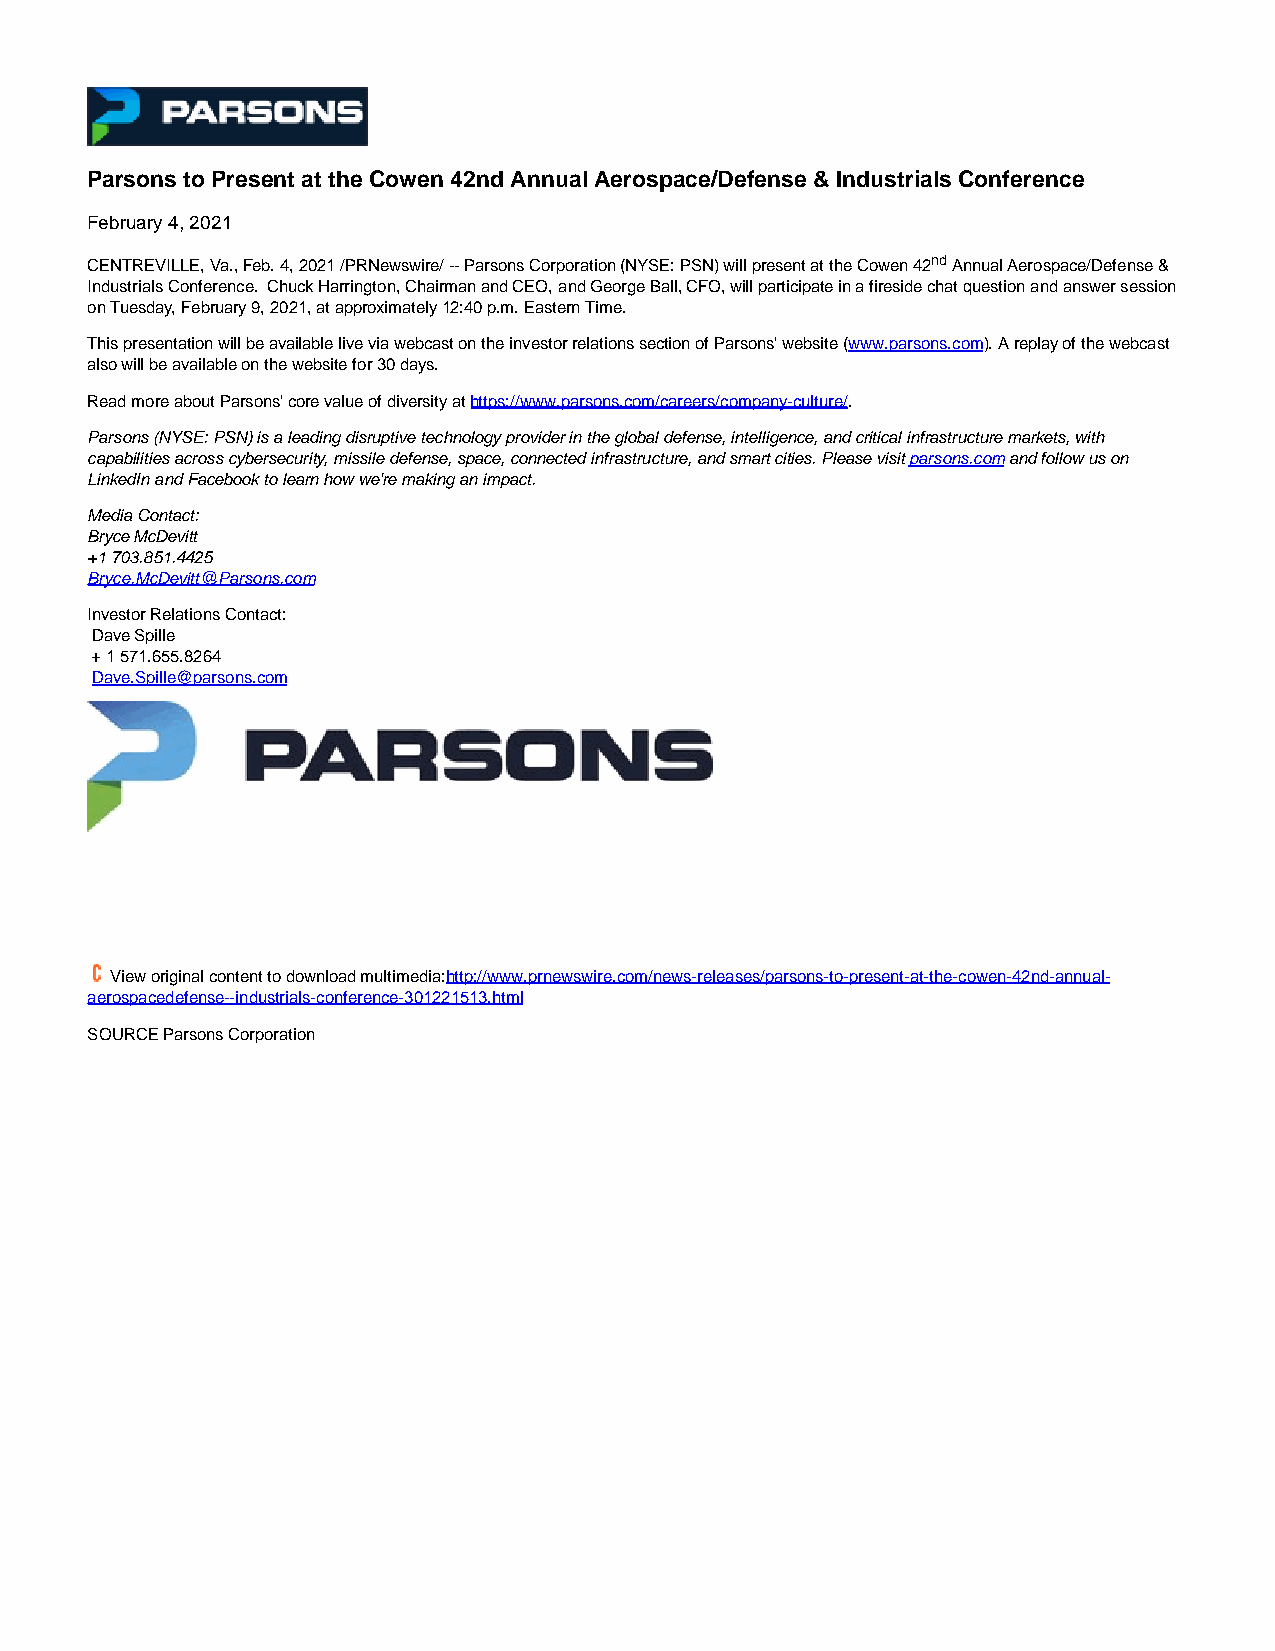
Parsons to Present at the Cowen 42nd Annual Aerospace/Defense & Industrials Conference
 February 4, 2021
 CENTREVILLE, Va., Feb. 4, 2021 /PRNewswire/ -- Parsons Corporation (NYSE: PSN) will present at the Cowen 42nd Annual Aerospace/Defense &
 Industrials Conference. Chuck Harrington, Chairman and CEO, and George Ball, CFO, will participate in a fireside chat question and answer session
 on Tuesday, February 9, 2021, at approximately 12:40 p.m. Eastern Time.
 This presentation will be available live via webcast on the investor relations section of Parsons' website (www.parsons.com). A replay of the webcast
 also will be available on the website for 30 days.
 Read more about Parsons' core value of diversity at https://www.parsons.com/careers/company-culture/.
 Parsons (NYSE: PSN) is a leading disruptive technology provider in the global defense, intelligence, and critical infrastructure markets, with
 capabilities across cybersecurity, missile defense, space, connected infrastructure, and smart cities. Please visit parsons.com and follow us on
 LinkedIn and Facebook to learn how we're making an impact.
 Media Contact:
 Bryce McDevitt
 +1 703.851.4425
 Bryce.McDevitt@Parsons.com
 Investor Relations Contact:
 Dave Spille
 + 1 571.655.8264
 Dave.Spille@parsons.com
 View original content to download multimedia:http://www.prnewswire.com/news-releases/parsons-to-present-at-the-cowen-42nd-annual-
 aerospacedefense--industrials-conference-301221513.html
 SOURCE Parsons Corporation